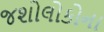
જશોલોકોના